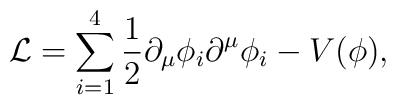
{\cal L} = \sum_{i=1}^{4} \frac{1}{2} \partial_\mu \phi_{i} \partial^\mu \phi_{i} -V(\phi),